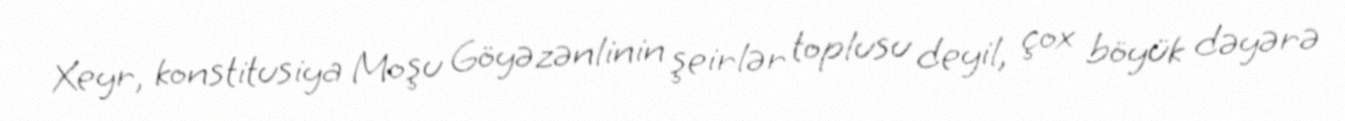
Xeyr, konstitusiya Moşu Göyəzənlinin şeirlər toplusu deyil, çox böyük dəyərə